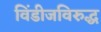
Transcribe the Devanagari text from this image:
विंडीजविरुद्ध